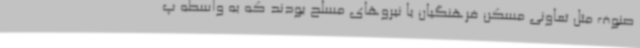
صنوف مثل تعاونی مسکن فرهنگیان یا نیروهای مسلح بودند که به واسطه پ